Lunatic asylums in Bengal annual reports 1912-1924 - 1912-1924
Year: 1912
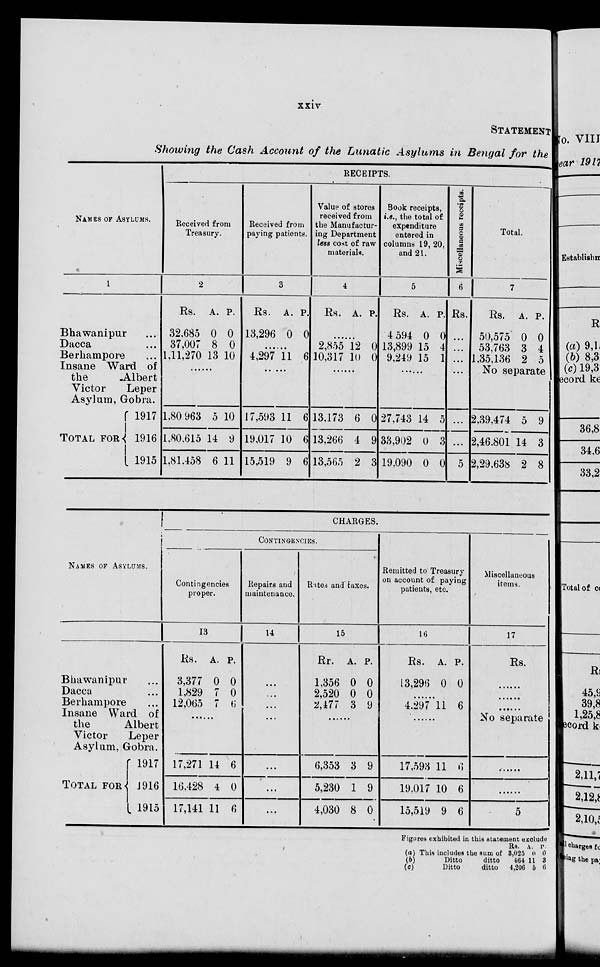
xxiv
STATEMENT
Showing the Cash Account of the Lunatic Asylums in Bengal for the
NAMES OF ASYLUMS.
1
Bhawanipur ...
Dacca ...
Berhampore ...
Insane Ward of
the
Albert
Victor
Leper
Asylum, Gobra.
TOTAL FOR
1917
1916
1915
RECEIPTS.
Received from
Treasury.
2
Rs.
32,685
37,007
1,11,270
A.
0
8
13
P.
0
0
10
......
1,80 963
1,80,615
1,81,458
5
14
6
10
9
11
Received from
paying patients.
3
Rs.
13,296
A.
0
P.
0
......
4,297 11 6
......
17,593
19,017
15,519
11
10
9
6
6
6
Value of stores
received from
the Manufactur-
ing Department
less cost of raw
materials.
4
Rs. A. P.
......
2,855
10,317
12
10
0
0
......
13,173
13,266
13,565
6
4
2
0
9
3
Book receipts,
i.e., the total of
expenditure
entered in
columns 19, 20,
and 21.
5
Rs.
4,594
13,899
9,249
A.
0
15
15
P.
0
4
1
......
27,743
33,902
19,090
14
0
0
5
3
0
Miscellaneous receipts.
6
Rs.
...
...
...
...
...
5
Total.
7
Rs.
50,575
53,763
1,35,136
A.
0
3
2
P.
0
4
5
No separate
2,39,474
2,46,801
2,29,638
5
14
2
9
3
8
NAMES OF ASYLUMS.
Bhawanipur ...
Dacca ...
Berhampore ...
Insane Ward of
the
Albert
Victor
Leper
Asylum, Gobra.
TOTAL FOR
1917
1916
1915
CHARGES.
CONTINGENCIES.
Contingencies
proper.
13
Rs.
3,377
1,829
12,065
A.
0
7
7
P.
0
0
6
......
17,271
16,428
17,141
14
4
11
6
0
6
Repairs and
maintenance.
14
...
...
...
...
...
...
...
Rates and taxes.
15
Rs.
1,356
2,520
2,477
A.
0
0
3
P.
0
0
9
......
6,353
5,230
4,030
3
1
8
9
9
0
Remitted to Treasury
on account of paying
patients, etc.
16
Rs.
13,296
A.
0
P.
0
......
4,297 11 6
......
17,593
19,017
15,519
11
10
9
6
6
6
Miscellaneous
items.
17
Rs.
......
......
......
No separate
......
......
......
Figures exhibited in this statement exclude
(a) This includes the sum of
(b)
Ditto
ditto
(c)
Ditto
ditto
Rs.
3,025
464
4,206
A.
0
11
5
P.
0
3
6